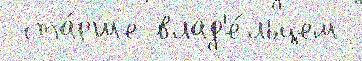
 ста́рше влад'е́льцем